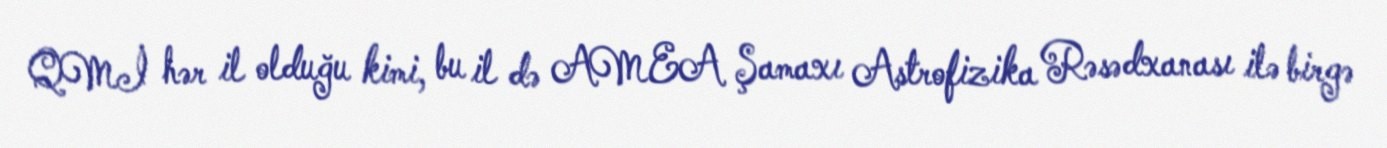
QMİ hər il olduğu kimi, bu il də AMEA Şamaxı Astrofizika Rəsədxanası ilə birgə